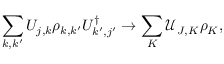
\sum _ { k , k ^ { \prime } } U _ { j , k } \rho _ { k , k ^ { \prime } } U _ { k ^ { \prime } , j ^ { \prime } } ^ { \dag } \rightarrow \sum _ { K } \mathcal { U } _ { J , K } \rho _ { K } ,